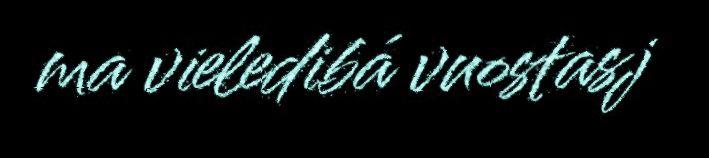
ma vieledibá vuostasj